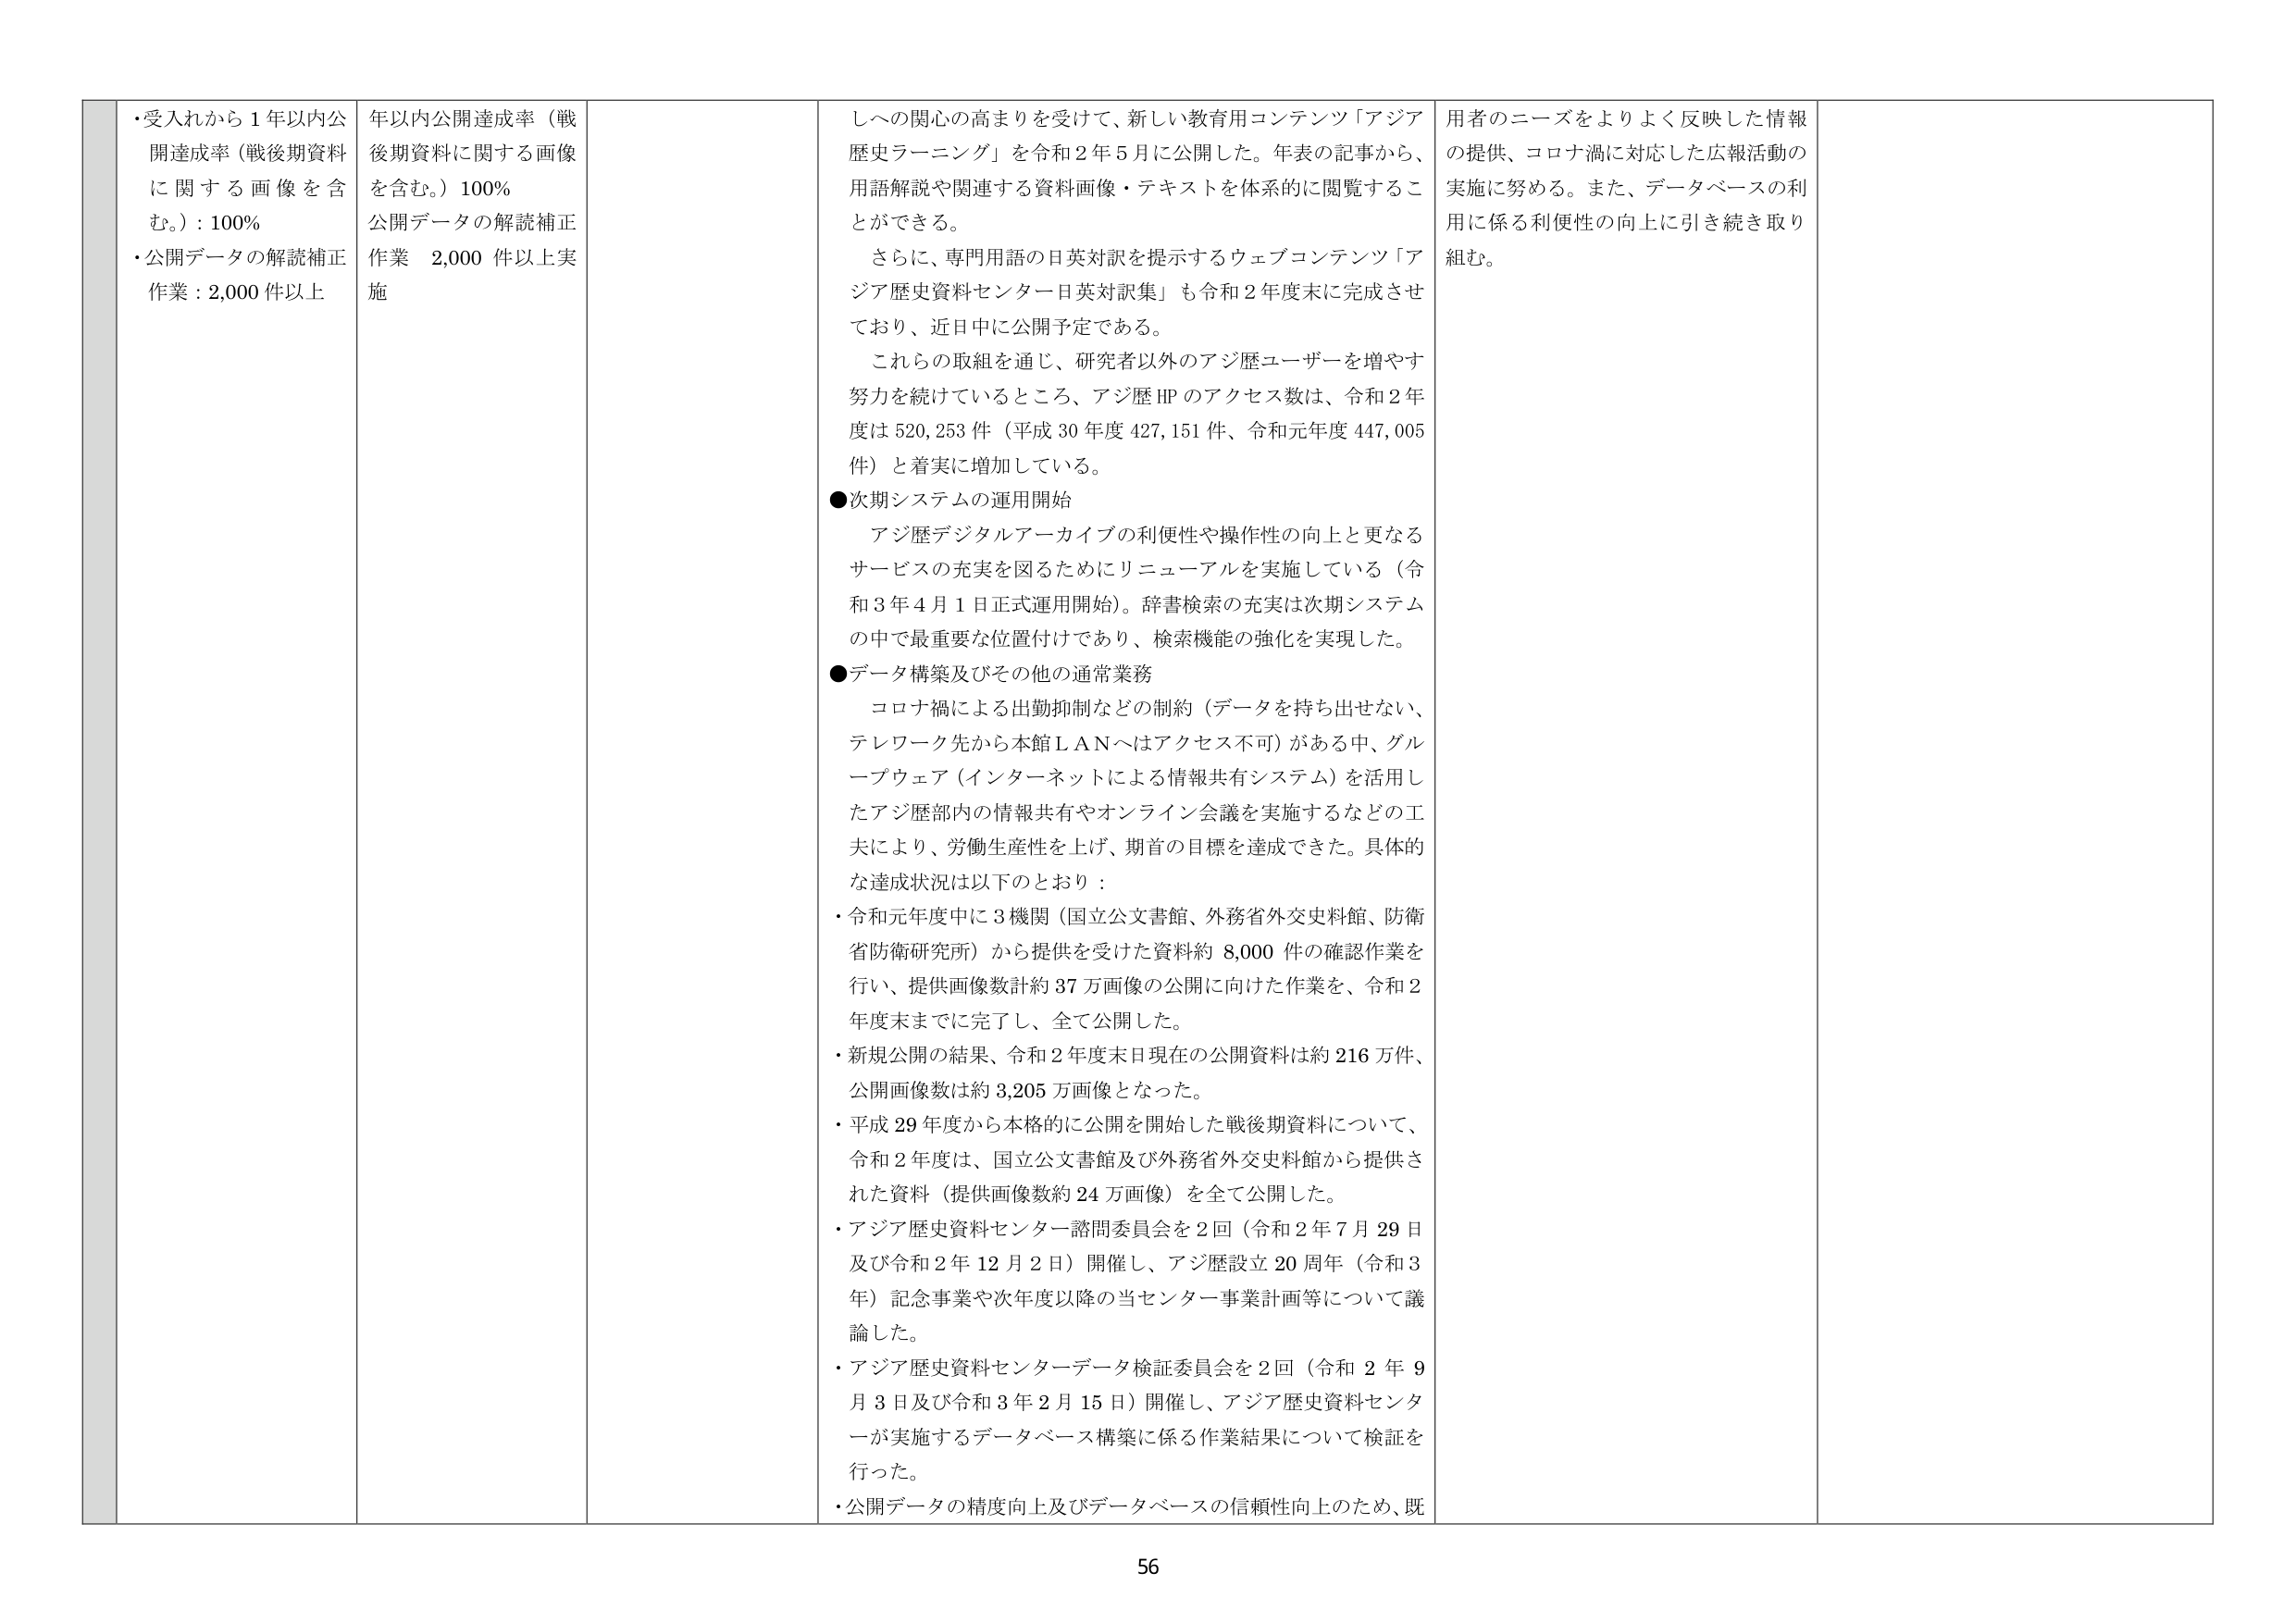
・受入れから１年以内公開達成率（戦後期資料に関する画像を含む。）：100％
・公開データの解読補正作業：2,000件以上

年以内公開達成率（戦後期資料に関する画像を含む。）100％
公開データの解読補正作業　2,000件以上実施

しへの関心の高まりを受けて、新しい教育用コンテンツ「アジア歴史ラーニング」を令和2年5月に公開した。年表の記事から、用語解説や関連する資料画像・テキストを体系的に閲覧することができる。
さらに、専門用語の日英対訳を提示するウェブコンテンツ「アジア歴史資料センター日英対訳集」も令和2年度末に完成させており、近日中に公開予定である。
これらの取組を通じ、研究者以外のアジ歴ユーザーを増やす努力を続けているところ、アジ歴HPのアクセス数は、令和2年度は520,253件（平成30年度427,151件、令和元年度447,005件）と着実に増加している。

●次期システムの運用開始
アジア歴デジタルアーカイブの利便性や操作性の向上と更なるサービスの充実を図るためにリニューアルを実施している（令和3年4月1日正式運用開始）。辞書検索の充実は次期システムの中で最も重要な位置付けであり、検索機能の強化を実現した。

●データ構築及びその他の通常業務
コロナ禍による出勤抑制などの制約（データを持ち出せない、テレワーク先から本館ＬＡＮへはアクセス不可）がある中、グループウェア（インターネットによる情報共有システム）を活用したアジ歴部内の情報共有やオンライン会議を実施するなどの工夫により、労働生産性を上げ、期首の目標を達成できた。具体的な達成状況は以下のとおり：
・令和元年度中に3機関（国立公文書館、外務省外交史料館、防衛省防衛研究所）から提供を受けた資料約8,000件の確認作業を行い、提供画像数計約37万画像の公開に向けた作業を、令和2年度末までに完了し、全て公開した。
・新規公開の結果、令和2年度末日現在の公開資料は約216万件、公開画像数は約3,205万画像となった。
・平成29年度から本格的に公開を開始した戦後期資料について、令和2年度は、国立公文書館及び外務省外交史料館から提供された資料（提供画像数約24万画像）を全て公開した。
・アジア歴史資料センター諮問委員会を2回（令和2年7月29日及び令和2年12月2日）開催し、アジ歴設立20周年（令和3年）記念事業や次年度以降の当センター事業計画等について議論した。
・アジア歴史資料センターデータ検証委員会を2回（令和2年9月3日及び令和3年2月15日）開催し、アジア歴史資料センターが実施するデータベース構築に係る作業結果について検証を行った。
・公開データの精度向上及びデータベースの信頼性向上のため、既

用者のニーズをよりよく反映した情報の提供、コロナ禍に対応した広報活動の実施に努める。また、データベースの利用に係る利便性の向上に引き続き取り組む。

56